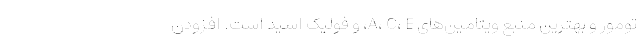
تومور و بهترین منبع ویتامین‌های A، C، E، و فولیک اسید است. افزودن